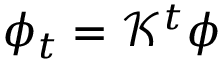
\phi _ { t } = \mathcal { K } ^ { t } \phi